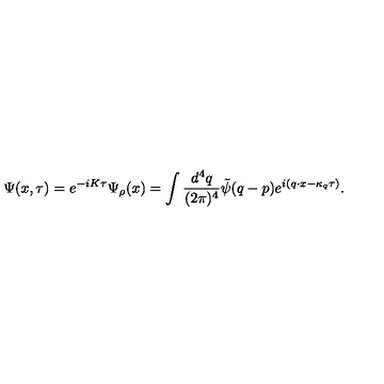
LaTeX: \Psi ( x , \tau ) = e ^ { - i K \tau } \Psi _ { \rho } ( x ) = \int \frac { d ^ { 4 } q } { ( 2 \pi ) ^ { 4 } } \tilde { \psi } ( q - p ) e ^ { i ( q \cdot x - \kappa _ { q } \tau ) } .